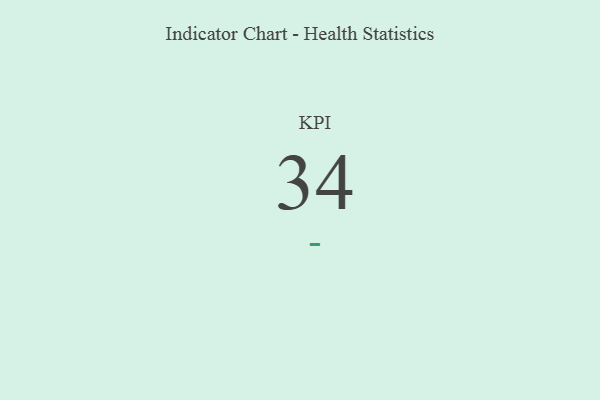
{"axis": {"x": "KPI", "y": "Value"}, "legend": [""], "data": [{"x": "KPI", "y": 34, "type": ""}]}